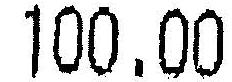
100.00